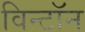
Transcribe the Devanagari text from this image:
विन्टॉन